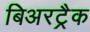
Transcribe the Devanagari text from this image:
बिअरट्रैक